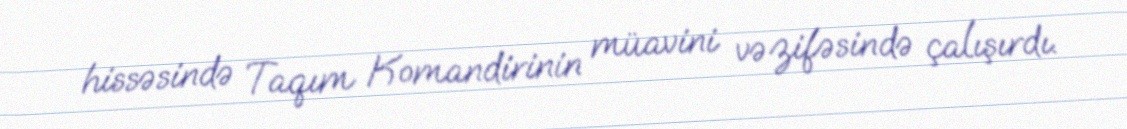
hissəsində Taqım Komandirinin müavini vəzifəsində çalışırdı.